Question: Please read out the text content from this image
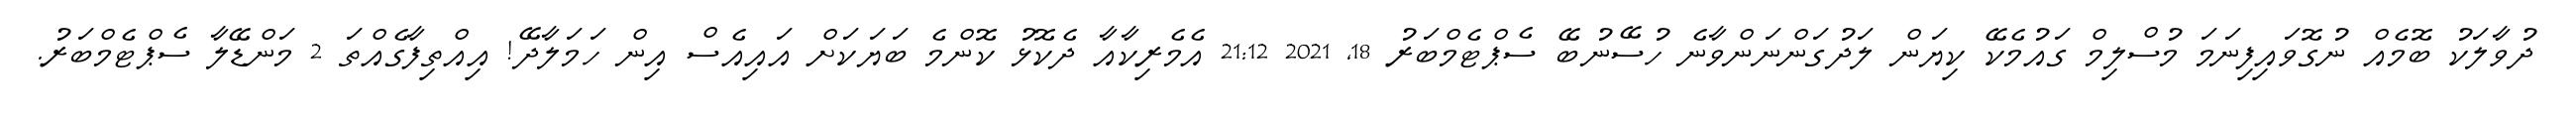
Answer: ދުވާލަކު ބޮމެއް ނުގޮވައިފިނަމަ މުސްލިމް ގައުމެކޭ ކިޔަން ލަދުގަންނަންވާނެ ހުސޭނުބޭ ސެޕްޓެމްބަރު 18, 2021 21:12 އެމެރިކާއާ ދެކޮޅު ކޮންމެ ބަޔަކަށް އައިއެސް އިން ހަމަލާދޭ! އިއްތިފާގެއްތަ 2 މަންޑޭލާ ސެޕްޓެމްބަރު.